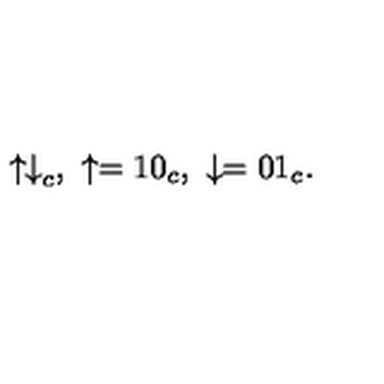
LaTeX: { \binom { \uparrow } { \downarrow } } _ { c } , \ \uparrow = { \binom { 1 } { 0 } } _ { c } , \ \downarrow = { \binom { 0 } { 1 } } _ { c } .